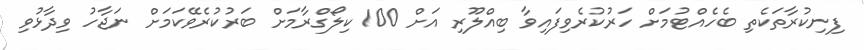
ފިނިކުރާތަކެތި ބެހެއްޓުމަށް ހަރުކުރެވިފައިވާ ބިއްލޫރި އަށް 100 ކިލޯގްރާމަށް ބަރުކުރެވޭކަމަށް ނަޖާހު ވިދާޅުވި